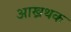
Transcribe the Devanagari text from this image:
आख्रथक